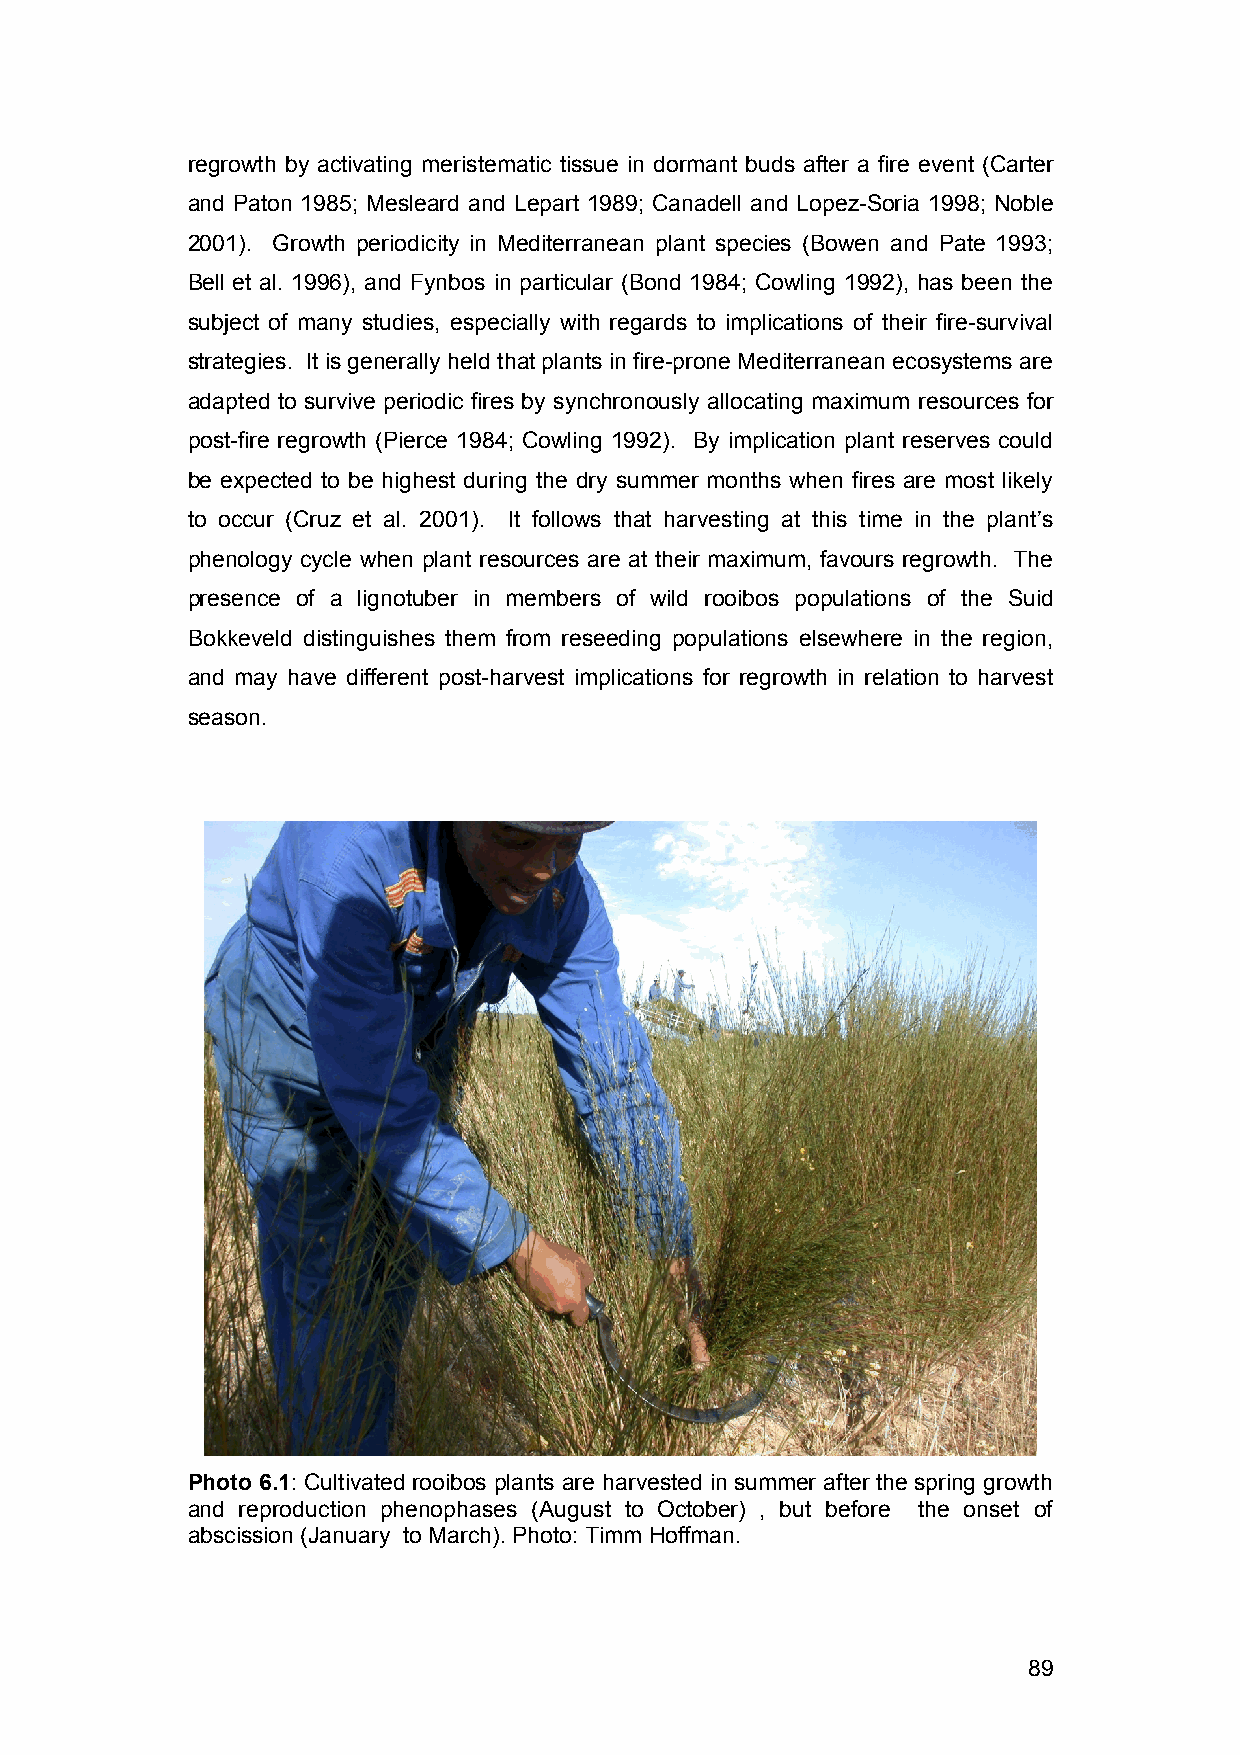
regrowth by activating meristematic tissue in dormant buds after a fire event (Carter
 and Paton 1985; Mesleard and Lepart 1989; Canadell and Lopez-Soria 1998; Noble
 2001). Growth periodicity in Mediterranean plant species (Bowen and Pate 1993;
 Bell et al. 1996), and Fynbos in particular (Bond 1984; Cowling 1992), has been the
 subject of many studies, especially with regards to implications of their fire-survival
 strategies. It is generally held that plants in fire-prone Mediterranean ecosystems are
 adapted to survive periodic fires by synchronously allocating maximum resources for
 post-fire regrowth (Pierce 1984; Cowling 1992). By implication plant reserves could
 be expected to be highest during the dry summer months when fires are most likely
 to occur (Cruz et al. 2001). It follows that harvesting at this time in the plant’s
 phenology cycle when plant resources are at their maximum, favours regrowth. The
 presence of a lignotuber in members of wild rooibos populations of the Suid
 Bokkeveld distinguishes them from reseeding populations elsewhere in the region,
 and may have different post-harvest implications for regrowth in relation to harvest
 season.
 Photo 6.1: Cultivated rooibos plants are harvested in summer after the spring growth
 and reproduction phenophases (August to October) , but before the onset of
 abscission (January to March). Photo: Timm Hoffman.
 89